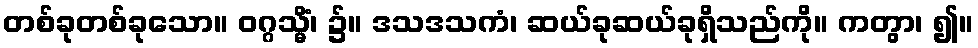
တစ်ခုတစ်ခုသော။ ဝဂ္ဂသ္မိံ၊ ၌။ ဒသဒသကံ၊ ဆယ်ခုဆယ်ခုရှိသည်ကို။ ကတွာ၊ ၍။